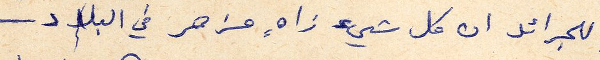
للجرائد ان كل شيء زاهٍ مزهر في البلاد-